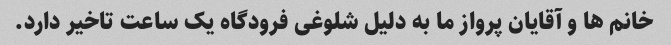
خانم ها و آقایان پرواز ما به دلیل شلوغی فرودگاه یک ساعت تاخیر دارد.